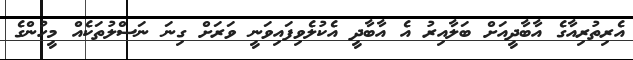
އެރިތުރިއާގެ އާބާދީއަށް ބަލާއިރު އެ އާބާދީ އެކުލެވިފައިވަނީ ވަރަށް ގިނަ ނަސްލުތަކެއް މީހުންގެ